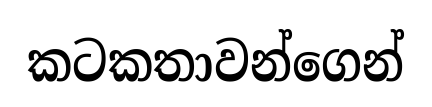
කටකතාවන්ගෙන්